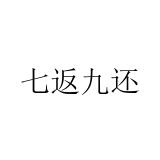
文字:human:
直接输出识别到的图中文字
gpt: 七返九还